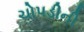
ચોપડીની